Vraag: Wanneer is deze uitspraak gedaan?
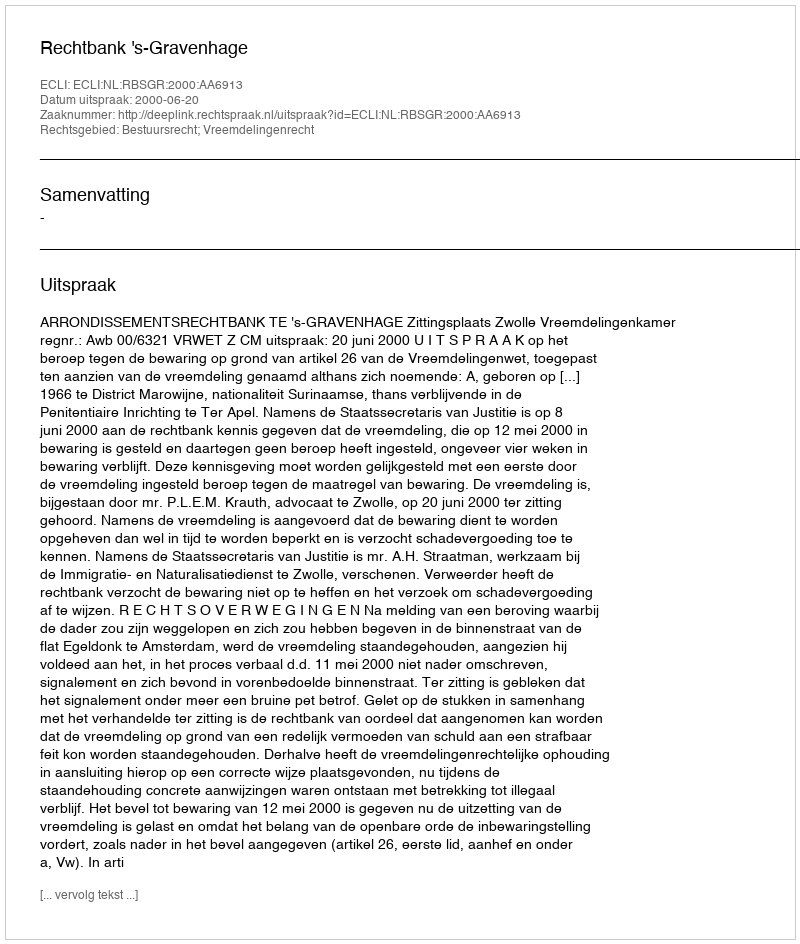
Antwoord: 2000-06-20